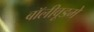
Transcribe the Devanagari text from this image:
बॉलीवूडमे